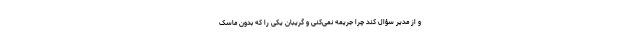
و از مدیر سؤال کند چرا جریمه نمی‌کنی و گریبان یکی را که بدون ماسک